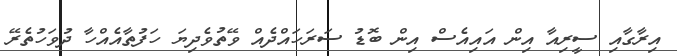
އިރާގާއި ސީރިއާ އިން އައިއެސް އިން ބޮޑު ސަރަހައްދެއް ވޭތުވެދިޔަ ހަފުތާއެއްހާ ދުވަހުތެރޭ